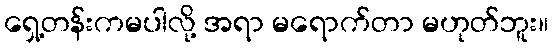
ရှေ့တန်းကမပါလို့ အရာ မရောက်တာ မဟုတ်ဘူး။